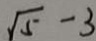
\sqrt { 5 } - 3